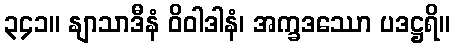
၃၄၁။ နျာသာဒီနံ ဝိဝါဒါနံ၊ အက္ခဒဿော ပဒဋ္ဌရိ။